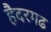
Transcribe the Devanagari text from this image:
हैदरगढ